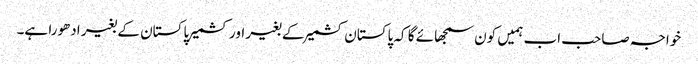
خواجہ صاحب اب ہمیں کون سمجھائے گا کہ پاکستان کشمیر کے بغیر اور کشمیر پاکستان کے بغیر ادھورا ہے۔